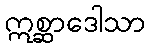
ဣစ္ဆာဒေါသာ